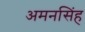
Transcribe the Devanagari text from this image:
अमनसिंह